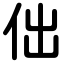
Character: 㑁